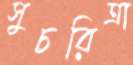
সুচরিত্রা